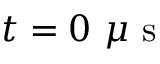
t = 0 ~ \mu \mathrm { ~ s ~ }